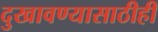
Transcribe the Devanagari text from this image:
दुखावण्यासाठीही